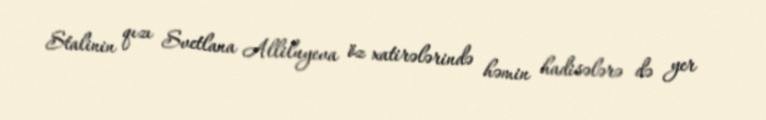
Stalinin qızı Svetlana Alliluyeva öz xatirələrində həmin hadisələrə də yer